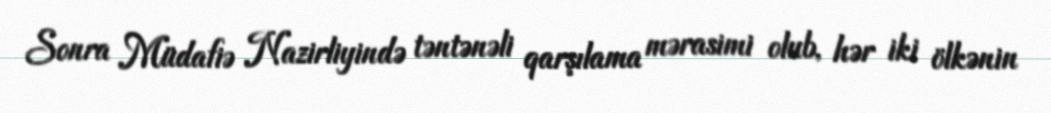
Sonra Müdafiə Nazirliyində təntənəli qarşılama mərasimi olub, hər iki ölkənin